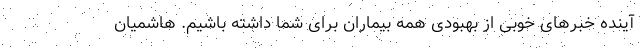
آینده خبرهای خوبی از بهبودی همه بیماران برای شما داشته باشیم. هاشمیان